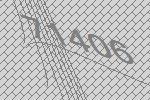
71406